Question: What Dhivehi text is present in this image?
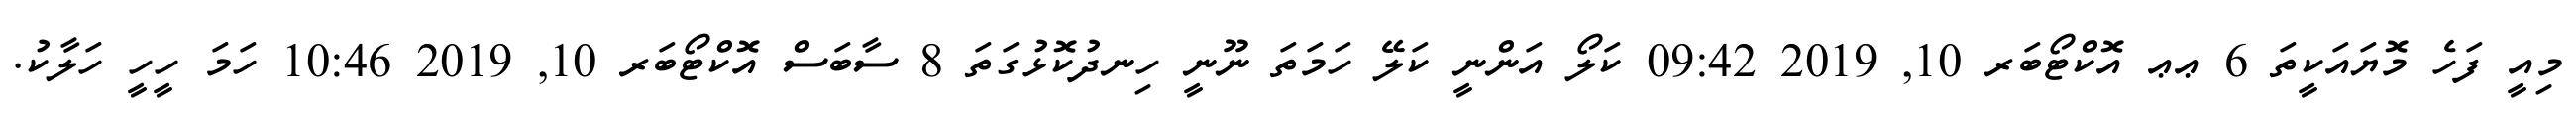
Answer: މިއީ ފަހެ މޮޔައަކީތަ 6 ޢޢ އޮކްޓޯބަރ 10, 2019 09:42 ކަލޯ އަންނީ ކަލޭ ހަމަތަ ނޫނީ ހިނދުކޮޅުގަތަ 8 ސާބަސް އޮކްޓޯބަރ 10, 2019 10:46 ހަމަ ހީހީ ހަލާކު.